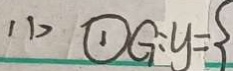
( 1 ) \textcircled { 1 } G : y = 3